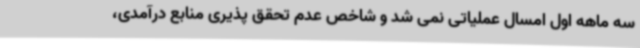
سه ماهه اول امسال عملیاتی نمی شد و شاخص عدم تحقق پذیری منابع درآمدی،